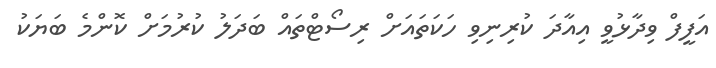
އަފީފް ވިދާޅުވީ އިއާދަ ކުރިނިވި ހަކަތައަށް ރިސޯޓްތައް ބަދަލު ކުރުމަށް ކޮންމެ ބަޔަކު